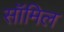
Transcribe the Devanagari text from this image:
सॉमिल